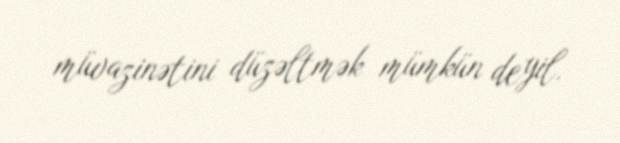
müvazinətini düzəltmək mümkün deyil.